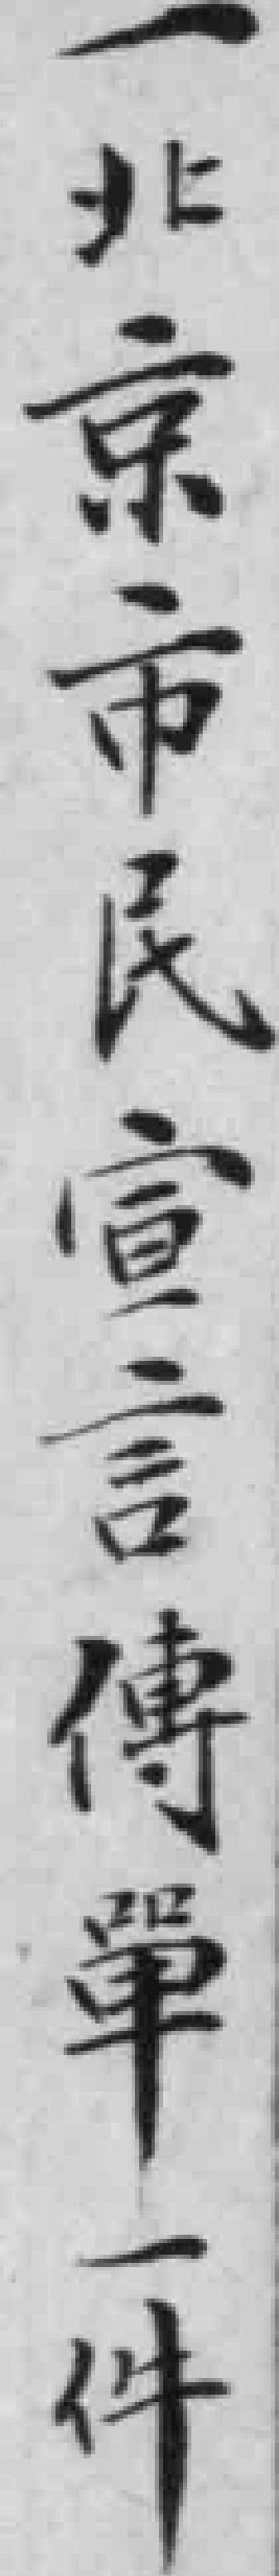
一北京市民宣言傳單一件